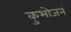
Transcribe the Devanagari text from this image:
कुभोजनं